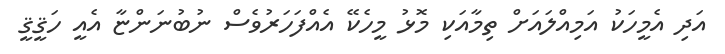
އަދި އެމީހަކު އަމިއްލައަށް ތިމާއަކި މޮޅު މީހެކޭ އެއްފަހަރުވެސް ނުބުނަންޏާ އެއީ ހަޤީޤީ